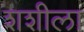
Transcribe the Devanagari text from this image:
शशीला